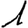
Digit: 1